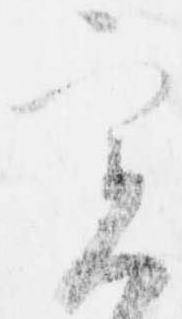
実